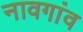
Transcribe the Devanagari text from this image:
नावगांव